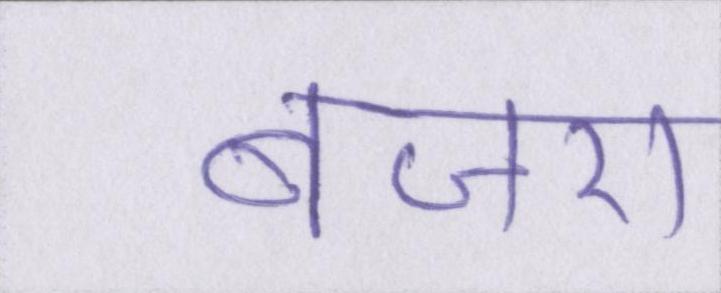
बाजरा